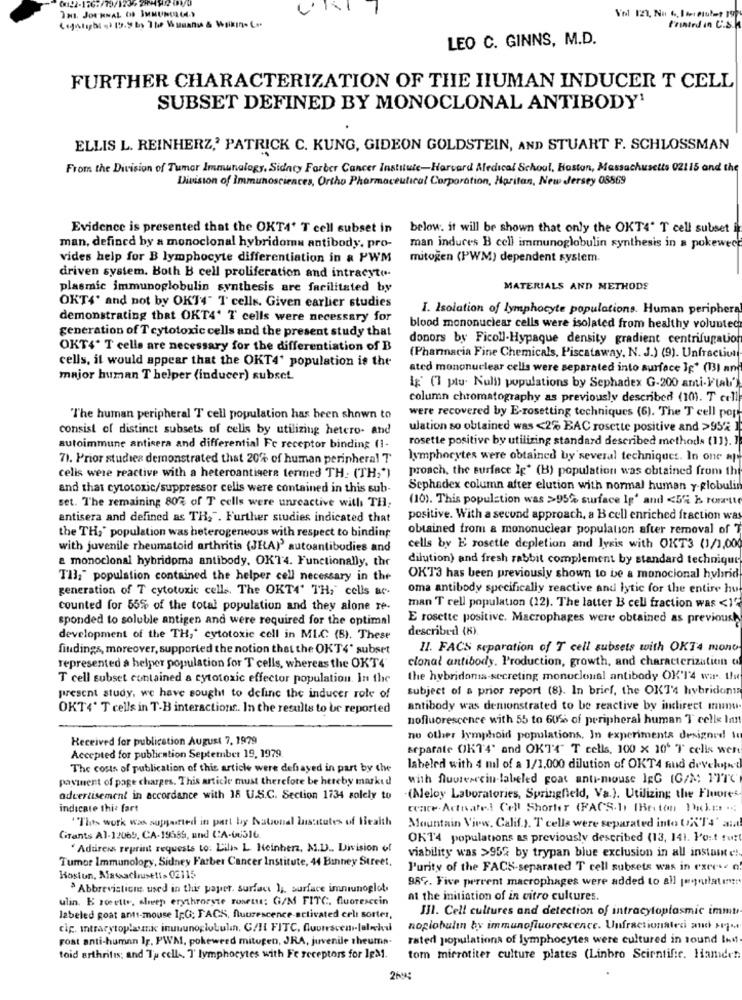
Vol 12, Nu 6. I ter eulet 19
LEO C. GINNS, M.D.
FURTHER CHARACTERIZATION OF THE HUMAN INDUCER T CELL
SUBSET DEFINED BY MONOCLONAL ANTIBODY'
ELLIS L. REINHERZ,' PATRICK C. KUNG, GIDEON GOLDSTEIN, AND STUART F. SCHLOSSMAN
From the Division of Tumor Immunology, Sidney Farber Cancer Institute-Harvard Medical School, Boston, Massachusetts 02115 and the
Division of Immunosciences, Ortho Pharmaceutical Corporation, Haritan, New Jersey 08569
Evidence is presented that the OKT4' T cell subset in
below. it will be shown that only the OKT4" T cell subset i
man, defined by a monoclonal hybridoms antibody, pro-
man indures B cell immunoglobulin synthesis in a pokewec
vides help for B lymphocyte differentiation in a PWM
mitogen (PWM) dependent system.
driven system. Both B cell proliferation and intracyt ...
plasmic immunoglobulin synthesis are facilitated by
MATERIALS AND METHODS
OKT4' and not by OKT4" T cells. Given earlier studies
I. Isolation of lymphocyte populations. Human periphera
demonstrating that OKT4' T cells were necessary for
generation of T cytotoxic cells and the present study that
blood mononuclear cells were isolated from healthy volunteer
donors by Ficoll-Hypaque density gradient centrifugatiof
OKT4* T cells are necessary for the differentiation of B
cells, it would appear that the OKT4' population is the
(Pharmacia Fine Chemicals, Piscataway, N. J.) (9). Unfraction
ated mononuclear cells were separated into surface Jg* (13) an
major human T helper (inducer) subset
ig' (1 plu. Null) populations by Sephadex G-200 ami-Ftal')
column chromatography as previously described (10). T cell
were recovered by E-rosetting techniques (6). The T cell pop
"The human peripheral T cell population has been shown to
consist of distinct subsets of cells by utilizing hetero- and
ulation so obtained was <2% BAC rosette positive and >95% 1
rosette positive by utilizing standard described methods (11).
autoimmune antisera and differential Fe receptor binding (1-
71. Prior studies demonstrated that 20% of human peripheral T
lymphocytes were obtained by several techniques. In one "
proach, the surface Ip' (B) population was obtained from the
cells were reactive with a heteroantigere termed TH. (TH,')
and that cytotoxic/suppressor cells were contained in this sub-
Sephadex column after elution with normal human y-globulin
(10). This population was >95% surface Ip' and <5G h romtte
set. The remaining 80% of T cells were unreactive will TH,
antisera and defined as TH,". Further studies indicated that
positive. With a second approach, a B cell enriched fraction was
the TH," population was heterogeneous with respect to binding
obtained from a mononuclear population after removal of T
with juvenile rheumatoid arthritis (JEA)' autoantibodies and
cells by E rosette depletion and lysis with OKT3 (1/1,000
a monoclonal hybridoma antibody. OKT4. Functionally, thr
dilution) and fresh rabbit complement by standard technique
TH:" population contained the helper cell necessary in the
OKT3 has been previously shown to be a monoclonal hybrid
generation of T cytotoxic cells. The OKT4' TH," cells ac-
oma antibody specifically reactive and lytic for the entire hu
counted for 55% of the total population and they alone re-
man T cell population (12). The latter B cell fraction was <1"
sponded to soluble antigen and were required for the optimal
E rosette positive. Macrophages were obtained as previously
described (8)
development of the TH,' cytotoxic cell in MLC (B). These
findings, moreover, supported the notion that the OKT4' subset
11. FACS separation of T cell subsets with OKT4 mono
clonal antibody. Production, growth, and characterization c
represented a helper population for T cells, whereas the OKT4'
T cell subset contained a cytotoxic effector population. In the
the hybridona-secreting monoclonal antibody OK'1'4 war .. th
subject of a prior report (8). In brief, the OKT'4 hybridons
present study, we have sought to define the inducer role of
OKT4' T cells in T-B interactions. In the results to be reported
antibody was demonstrated to be reactive by indirect manu-
nofluorescence with 55 to 6056 of peripheral human T celle In
Received for publication August 7, 1979
no other lymphoid populations, In experimenta designed to
separate OKT'4' and OKTA" T cells, 100 x 10' T' celis wer
Accepted for publication September 19, 1979.
The costs of publication of this article were defayed in part by the
labeled with 4 ml of a 1/1,000 dilution of OKT4 nud devehand
payment of page charges. This article must therefore be hereby marked
with fluorescein-labeled goat anti-mouse IEG (G/M; FTTC
advertisement in accordance with 18 U.S.C. Section 1734 solely to
(Meloy Laboratories, Springfield, Va.). Utilizing the Fluores
indicate this fart
ceace-Actuated Cell Shorter (PACS.) [Becton Tdes -
"This work was supported in part by National lusttutes of Health
Mountain View, Calif.). T cells were separated into OKT'4' amat
Grants Al-12065, CA-19589, and (:A-tu316
OKT4 populations as previously described (13, 141. Post fort
"Address reprint requests to: L'ilis L. Heinherz, M.D ., Division of
viability was >95% by trypan blue exclusion in all instant e!
Tumor Immunology, Sidney Farber Cancer Institute, 44 Binhey Street,
P'urity of the FACS-separated T cell subsets was in excess o
Boston, Massachusetts 02115
98%. Five percent macrophages were added to all jeyoulater:
"Abbrevisticres used in this paper. surface 1 ;, surface immunoglot.
ulin. E roette, sleep erythrorste rosetu: G/M FITC, fluorescein
at the initiation of in vitro cultures.
III. Cell cultures and detection of intracytoplasmic immu
labeled goat anti-mouse 1;G; FAGS, fluorescence-activated cel: sorter,
cip. intracytoplasmic inuuunoglobulin. G/H FITC. Auvrescen-lalockui
noplobulin by immunofluorescence. Unfractionated and sj-
post anti-human Ig. PWM, pokeweed mitogen, JRA, juvenile theuma-
rated populations of lymphocytes were cultured in tound InM.
toid arthritis; and Tu cell .. T' lymphocytes with Fe receptors for Ig31.
tom mirrotiter culture plates (Linbro Scientific. Hande!